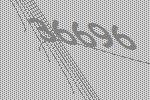
36696